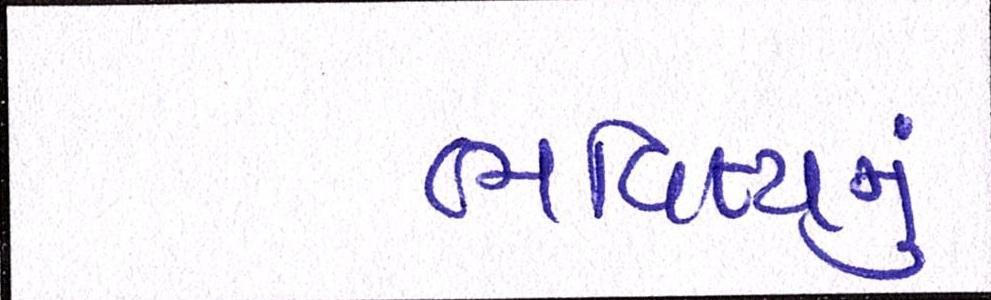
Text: ભવિષ્યનું